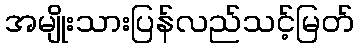
အမျိုးသားပြန်လည်သင့်မြတ်